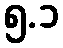
၅.၁